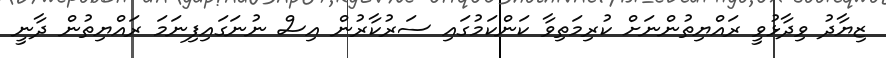
ޒިޔާދު ވިދާޅުވީ ރައްޔިތުންނަށް ކުރިމަތިވާ ކަންކަމުގައި ސަރުކާރުން އިސް ނުނަގައިފިނަމަ ރައްޔިތުން ދާނީ